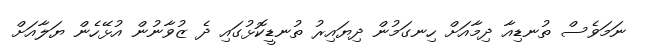
ނަމަވެސް ތުނޑިއާ ދިމާއަށް ހިނގަމުން ދިޔައިރު ތުނޑީކޮޅުގައި ދެ ޒުވާނުން އުޅޭހެން ޔަލާއަށް